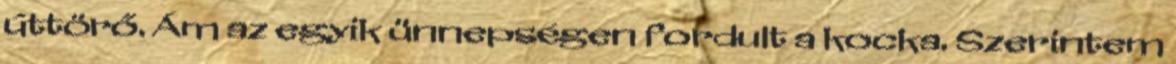
úttörő. Ám az egyik ünnepségen fordult a kocka. Szerintem